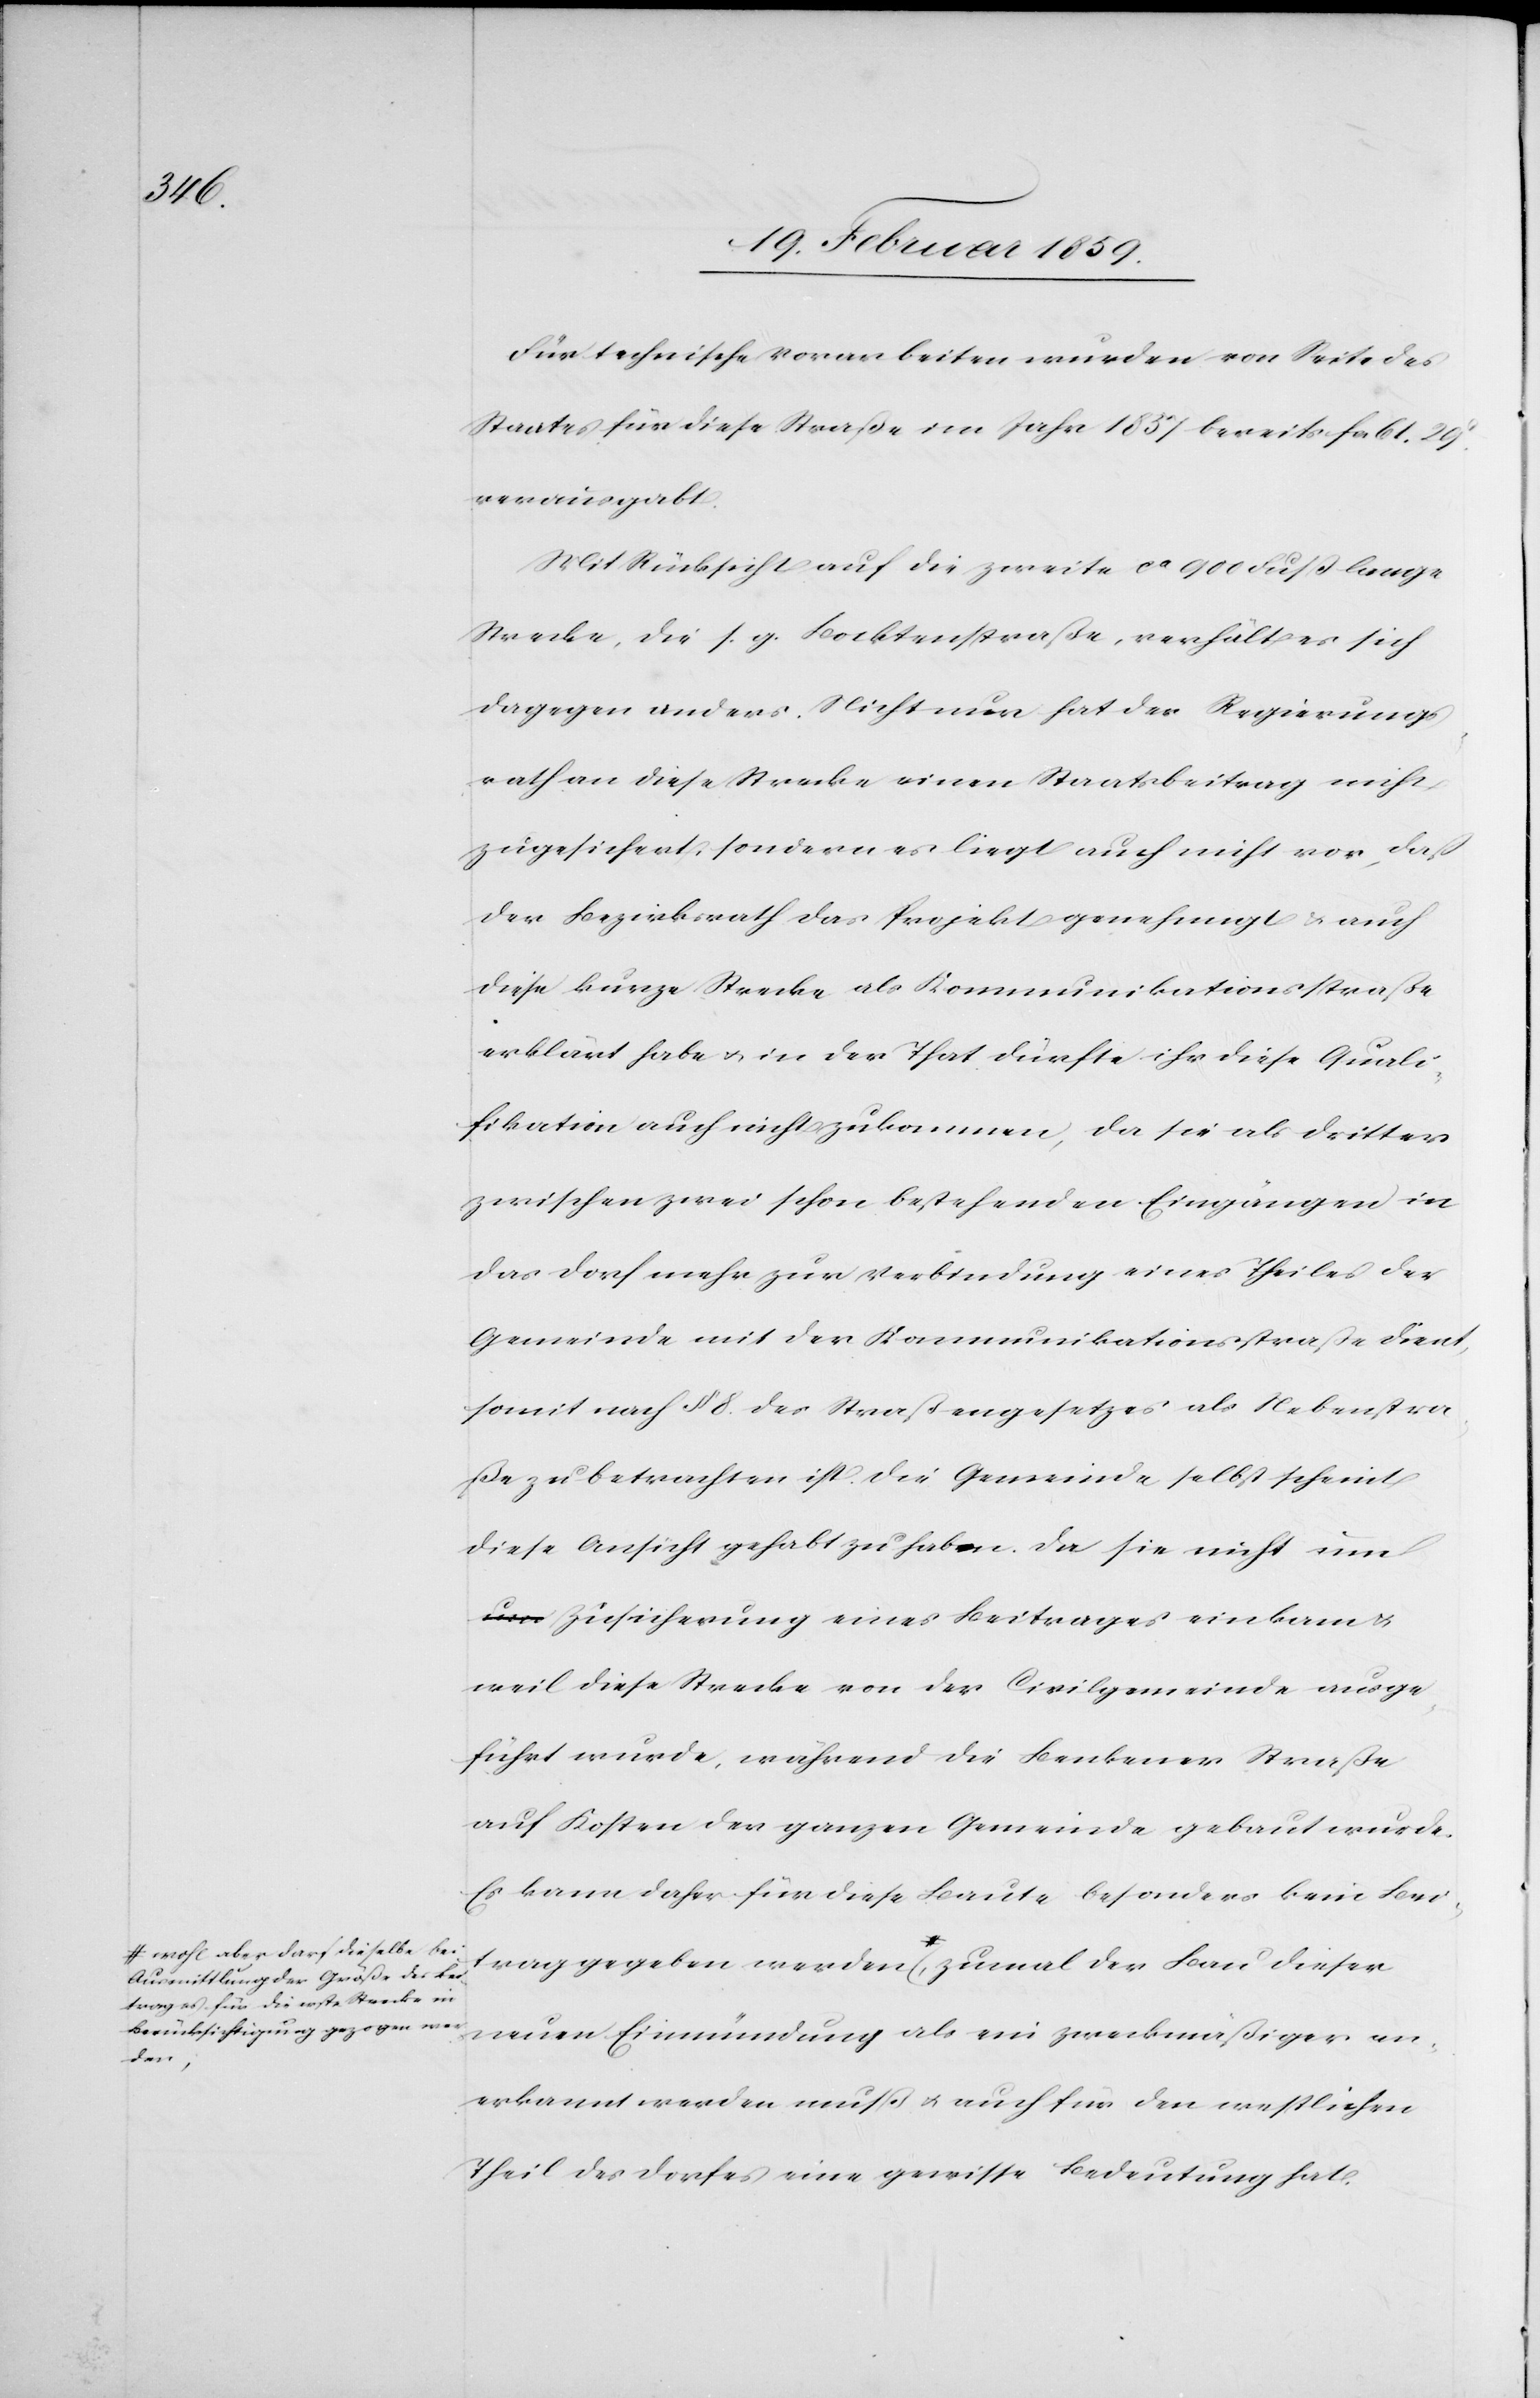
Ausmittlung der Größe des Bei¬
trages für die erste Strecke in
Berücksichtigung gezogen wer¬
den,

der

Für technische Vorarbeiten wurden von Seite des
Staates für diese Straße im Jahre 1857 bereits fcs 61. 29
verausgabt.
Mit Rücksicht auf die zweite ca 900 Fuß lange
Strecke, die s. g. Bocktenstraße, verhält es sich
dagegen anders. Nicht nur hat der Regierungs¬
rath an diese Strecke einen Staatsbeitrag nicht
zugesichert, sondern es liegt auch nicht vor, daß
der Bezirksrath das Projekt genehmigt & auch
diese kurze Strecke als Kommunikationsstraße
erklärt habe u. in der That dürfte ihr diese Quali¬
fikation auch nicht zukommen, da sie als dritter
zwischen zwei schon bestehenden Eingängen in
das Dorf mehr zur Verbindung eines Theiles der
Gemeinde mit der Kommunikationsstraße dient,
somit nach § 8. des Straßengesetzes als Nebenstra¬
ße zu betrachten ist. Die Gemeinde selbst scheint
diese Ansicht gehabt zu haben. Da sie nicht u¬
m Zusicherung eines Beitrages einkam u.
weil diese Strecke von der Civilgemeinde ausge¬
führt wurde, während die Benkener Straße
auf Kosten der ganzen Gemeinde gebaut wurde.
Es kann daher für diese Baute besonders kein Bei¬
trag gegeben werden wohl aber darf diese¬
neuen Einmündung als ein zweckmäßiger an¬
erkannt werden muß u. auch für den westlichen
Theil des Dorfes eine gewisse Bedeutung hat.